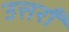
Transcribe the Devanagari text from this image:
उत्तराँ